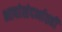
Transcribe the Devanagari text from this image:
भाषांसंदर्भातही